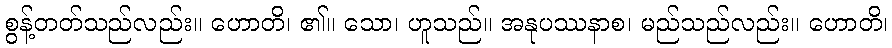
စွန့်တတ်သည်လည်း။ ဟောတိ၊ ၏။ သော၊ ဟူသည်။ အနုပဿနာစ၊ မည်သည်လည်း။ ဟောတိ၊